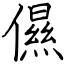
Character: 儑